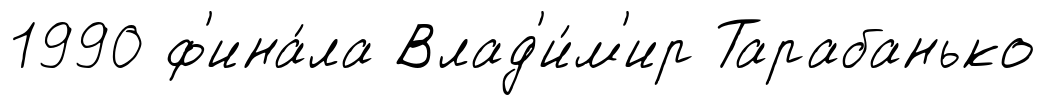
1990 ф'ина́ла Влад'и́м'ир Тарабанько